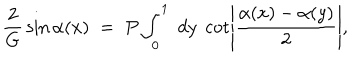
{ \frac { 2 } { G } } \sin \alpha ( x ) \; = \; P \int _ { 0 } ^ { 1 } \; d y \; \cot \left| { \frac { \alpha ( x ) - \alpha ( y ) } { 2 } } \right| ,